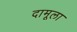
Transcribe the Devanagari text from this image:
दामूला